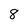
Character: 8